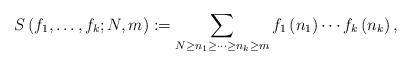
LaTeX: \begin{align*}S\left(f_{1},\ldots,f_{k};N,m\right):=\sum_{N\geq n_{1}\geq\cdots\geq n_{k}\geq m}f_{1}\left(n_{1}\right)\cdots f_{k}\left(n_{k}\right),\end{align*}